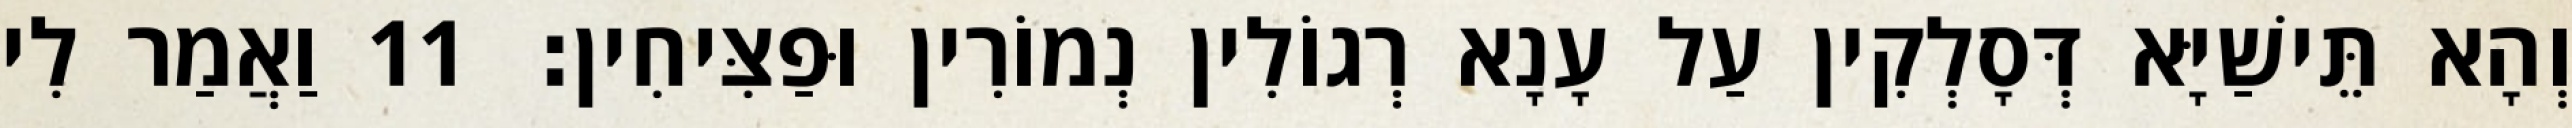
וְהָא תֵּישַׁיָּא דְּסָלְקִין עַל עָנָא רְגוֹלִין נְמוֹרִין וּפַצִּיחִין׃ 11 וַאֲמַר לִי